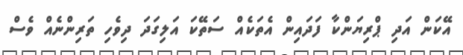
އޭކަން އަދި ޕްރިޔަންކާ ފަދައިން އެތަކެއް ސަތޭކަ އަލިގަދަ ދިވެހި ތަރިންނެއް ވެސް